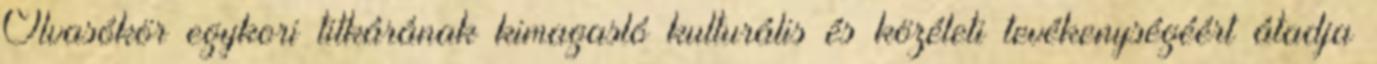
Olvasókör egykori titkárának kimagasló kulturális és közéleti tevékenységéért átadja